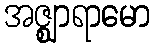
အဇ္ဈာရာမော